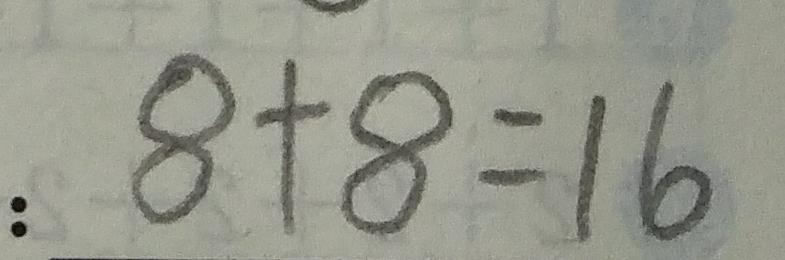
: 8 + 8 = 1 6